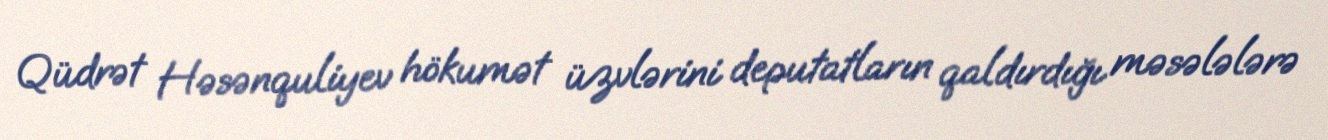
Qüdrət Həsənquliyev hökumət üzvlərini deputatların qaldırdığı məsələlərə